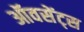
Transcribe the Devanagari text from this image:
ऑवसेंट्स